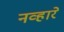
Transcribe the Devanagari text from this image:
नव्हारे